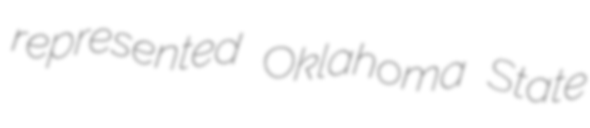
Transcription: represented Oklahoma State